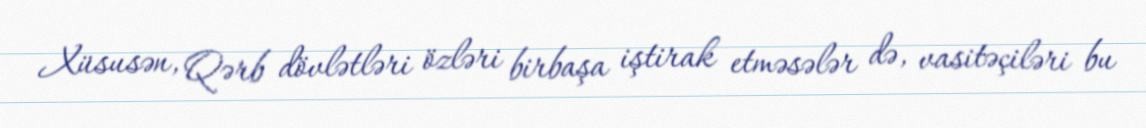
Xüsusən, Qərb dövlətləri özləri birbaşa iştirak etməsələr də, vasitəçiləri bu